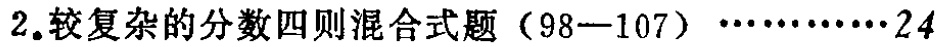
2.较复杂的分数四则混合式题（98—107）\(\cdots\cdots\cdots\cdots24\)